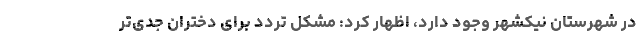
در شهرستان نیکشهر وجود دارد، اظهار کرد: مشکل تردد برای دختران جدی‌تر